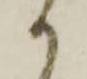
か